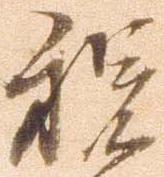
程